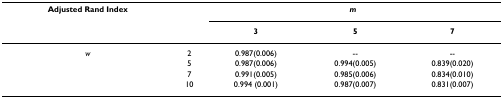
| Adjusted Rand Index |  | <COLSPAN=3> m |
 |  |  | 3 | 5 | 7 |
 | --- | --- | --- | --- | --- |
 | w | 2 | 0.987(0.006) | -- | -- |
 |  | 5 | 0.987(0.006) | 0.994(0.005) | 0.839(0.020) |
 |  | 7 | 0.991(0.005) | 0.985(0.006) | 0.834(0.010) |
 |  | 10 | 0.994 (0.001) | 0.987(0.007) | 0.831(0.007) |